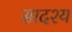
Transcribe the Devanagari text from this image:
सादश्य